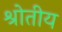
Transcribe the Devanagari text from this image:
श्रोतीय